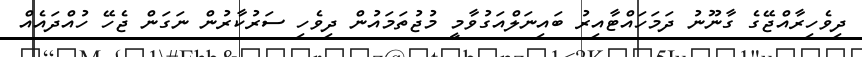
ދިވެހިރާއްޖޭގެ ގާނޫނު ދަމަހައްޓާއިރު ބައިނަލްއަގުވާމީ މުޖުތަމައުން ދިވެހި ސަރުކާރުން ނަގަން ޖެހޭ ހުއްދައެއް